Report of the Imperial Institute of Veterinary Research, Muktesar
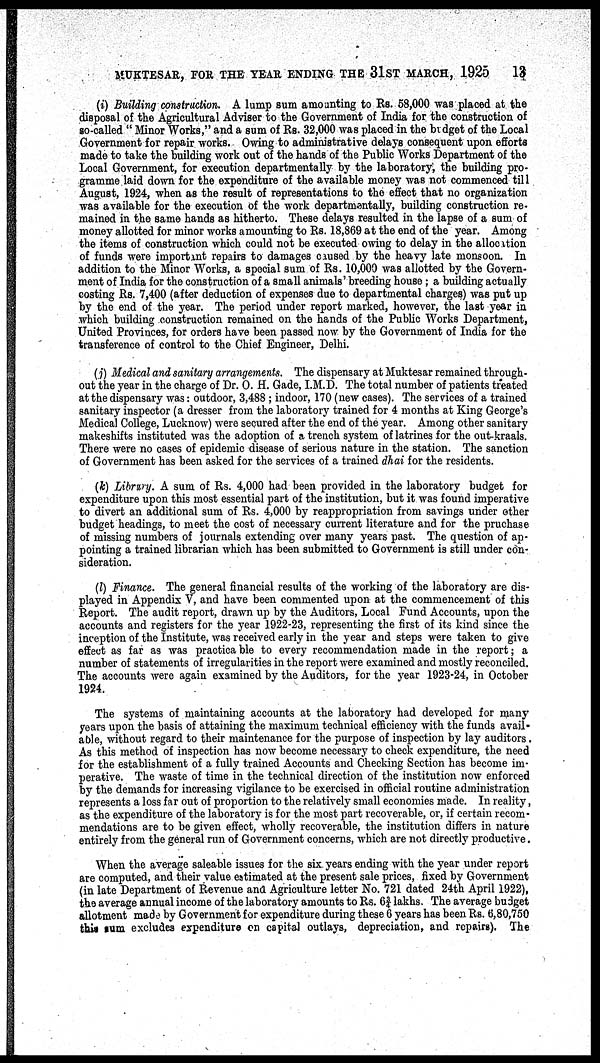
MUKTESAR, FOR THE YEAR ENDING THE 31ST MARCH, 1925 13
(i) Building construction. A lump sum amounting to Rs. 58,000 was placed at the
disposal of the Agricultural Adviser to the Government of India for the construction of
so-called " Minor Works," and a sum of Rs. 32,000 was placed in the budget of the Local
Government for repair works. Owing to administrative delays consequent upon efforts
made to take the building work out of the hands of the Public Works Department of the
Local Government, for execution departmentally by the laboratory, the building pro-
gramme laid down for the expenditure of the available money was not commenced till
August, 1924, when as the result of representations to the effect that no organization
was available for the execution of the work departmentally, building construction re-
mained in the same hands as hitherto. These delays resulted in the lapse of a sum of
money allotted for minor works amounting to Rs. 18,869 at the end of the year. Among
the items of construction which could not be executed owing to delay in the allocation
of funds were important repairs to damages caused by the heavy late monsoon. In
addition to the Minor Works, a special sum of Rs. 10,000 was allotted by the Govern-
ment of India for the construction of a small animals' breeding house; a building actually
costing Rs. 7,400 (after deduction of expenses due to departmental charges) was put up
by the end of the year. The period under report marked, however, the last year in
which building construction remained on the hands of the Public Works Department,
United Provinces, for orders have been passed now by the Government of India for the
transference of control to the Chief Engineer, Delhi.
(j) Medical and sanitary arrangements. The dispensary at Muktesar remained through-
out the year in the charge of Dr. O. H. Gade, I.M.D. The total number of patients treated
at the dispensary was : outdoor, 3,488 ; indoor, 170 (new cases). The services of a trained
sanitary inspector (a dresser from the laboratory trained for 4 months at King George's
Medical College, Lucknow) were secured after the end of the year. Among other sanitary
makeshifts instituted was the adoption of a trench system of latrines for the out-kraals.
There were no cases of epidemic disease of serious nature in the station. The sanction
of Government has been asked for the services of a trained dhai for the residents.
(k) Library. A sum of Rs. 4,000 had been provided in the laboratory budget for
expenditure upon this most essential part of the institution, but it was found imperative
to divert an additional sum of Rs. 4,000 by reappropriation from savings under other
budget headings, to meet the cost of necessary current literature and for the pruchase
of missing numbers of journals extending over many years past. The question of ap-
pointing a trained librarian which has been submitted to Government is still under con-
sideration.
(l) Finance. The general financial results of the working of the laboratory are dis-
played in Appendix V, and have been commented upon at the commencement of this
Report. The audit report, drawn up by the Auditors, Local Fund Accounts, upon the
accounts and registers for the year 1922-23, representing the first of its kind since the
inception of the Institute, was received early in the year and steps were taken to give
effect as far as was practicable to every recommendation made in the report; a
number of statements of irregularities in the report were examined and mostly reconciled.
The accounts were again examined by the Auditors, for the year 1923-24, in October
1924.
The systems of maintaining accounts at the laboratory had developed for many
years upon the basis of attaining the maximum technical efficiency with the funds avail¬
able, without regard to their maintenance for the purpose of inspection by lay auditors.
As this method of inspection has now become necessary to check expenditure, the need
for the establishment of a fully trained Accounts and Checking Section has become im-
perative. The waste of time in the technical direction of the institution now enforced
by the demands for increasing vigilance to be exercised in official routine administration
represents a loss far out of proportion to the relatively small economies made. In reality,
as the expenditure of the laboratory is for the most part recoverable, or, if certain recom¬
mendations are to be given effect, wholly recoverable, the institution differs in nature
entirely from the general run of Government concerns, which are not directly productive.
When the average saleable issues for the six. years ending with the year under report
are computed, and their value estimated at the present sale prices, fixed by Government
(in late Department of Revenue and Agriculture letter No. 721 dated 24th April 1922),
the average annual income of the laboratory amounts to Rs. 6¾ lakhs. The average budget
allotment made by Government for expenditure during these 6 years has been Rs. 6,80,750
this sum excludes expenditure on capital outlays, depreciation, and repairs). The